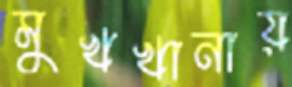
মুখখানায়